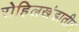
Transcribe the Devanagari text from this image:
रोहिलखंडातील